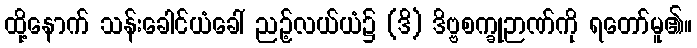
ထို့နောက် သန်းခေါင်ယံခေါ် ညဉ့်လယ်ယံ၌ (ဒိ) ဒိဗ္ဗစက္ခုဉာဏ်ကို ရတော်မူ၏။